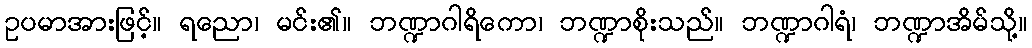
ဥပမာအားဖြင့်။ ရညော၊ မင်း၏။ ဘဏ္ဍာဂါရိကော၊ ဘဏ္ဍာစိုးသည်။ ဘဏ္ဍာဂါရံ၊ ဘဏ္ဍာအိမ်သို့။